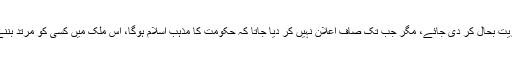
ہم تو اتنا جانتے ہیں کہ لاکھ جمہوریت بحال کر دی جائے، مگر جب تک صاف اعلان نہیں کر دیا جاتا کہ حکومت کا مذہب اسلام ہوگا، اس ملک میں کسی کو مرتد بننے اور بنانے کی اجازت نہیں ہوگی۔